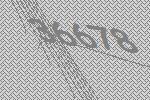
36678